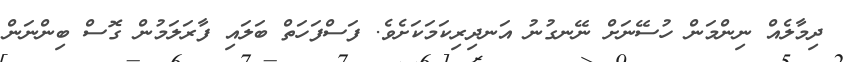
ދިމާލެއް ނިންމަން ހުސޭނަށް ނޭނގުނު އަނދިރިކަމަކަށެވެ. ފަސްފަހަތް ބަލައި ފާރަލަމުން ގޮސް ބިންނަން